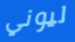
ليوني